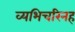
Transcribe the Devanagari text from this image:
व्यभिचरिनह